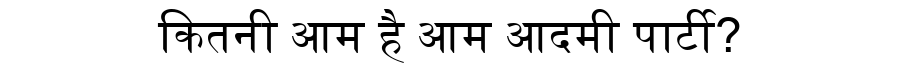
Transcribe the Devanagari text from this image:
कितनी आम है आम आदमी पार्टी?